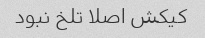
کیکش اصلا تلخ نبود